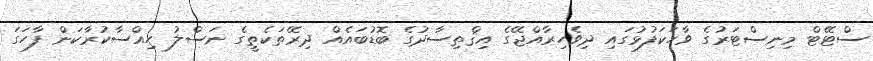
ސްޓޭޓް މިނިސްޓަރުގެ ވާހަކަފުޅުގައި ދިވެހިރާއްޖޭގެ އިޤްތިސާދުގެ ބޮޑުބައެއް ދިރޭތަކެތީގެ ނަސްލު ހިއްސާކުރާކަން ފާހަަގަ